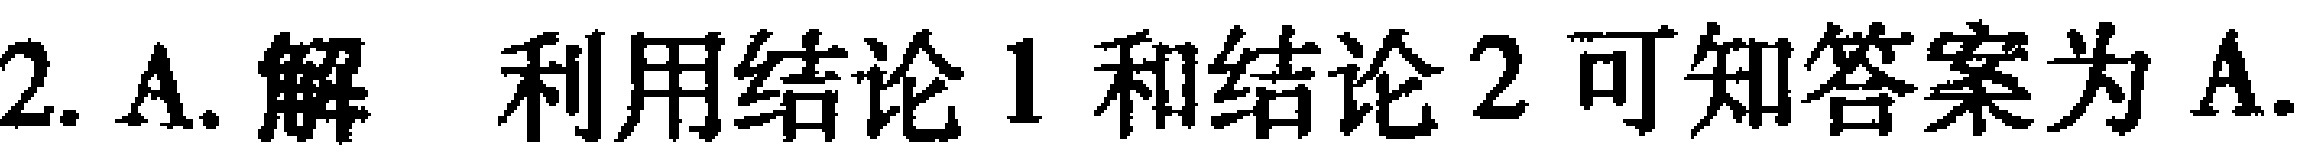
2. A. 解 利用结论 1 和结论 2 可知答案为 A.